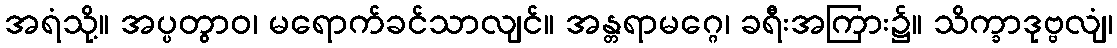
အရံသို့။ အပ္ပတွာဝ၊ မရောက်ခင်သာလျင်။ အန္တရာမဂ္ဂေ၊ ခရီးအကြား၌။ သိက္ခာဒုဗ္ဗလျံ၊